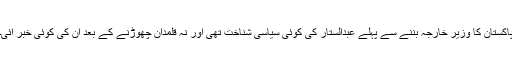
پاکستان کا وزیر خارجہ بننے سے پہلے عبدالستار کی کوئی سیاسی شناخت تھی اور نہ قلمدان چھوڑنے کے بعد ان کی کوئی خبر آئی۔